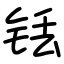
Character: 铥